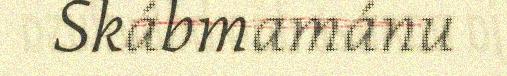
Skábmamánu